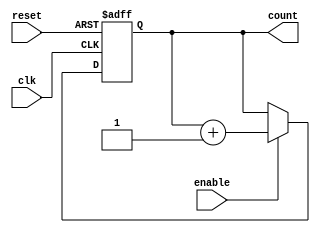
module up_counter_with_enable (
    input wire clk,          // Clock input
    input wire enable,       // Enable signal
    input wire reset,        // Asynchronous reset signal
    output reg [N-1:0] count // Counter output (N-bit)
);
    parameter N = 4; // Define the number of bits for the counter

    // Asynchronous reset and counting logic
    always @(posedge clk or posedge reset) begin
        if (reset) begin
            count <= 0; // Reset the counter to 0
        end else if (enable) begin
            count <= count + 1; // Increment the counter
        end
    end
endmodule